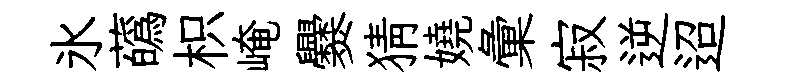
氷蘤枳崦爨猜嬈彙寂逆迢